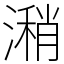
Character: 潲